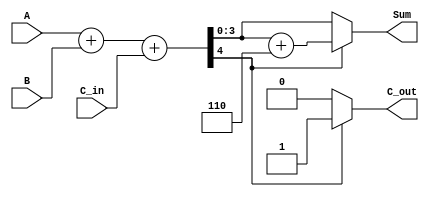
module BCD_Conditional_Adder (
    input [3:0] A,      // First BCD digit (0-9)
    input [3:0] B,      // Second BCD digit (0-9)
    input C_in,         // Carry input
    output reg [3:0] Sum, // Resulting BCD digit after addition
    output reg C_out     // Carry output
);

    wire [4:0] S;       // 5-bit binary sum to accommodate carry
    wire correction_needed;

    // Step 1: Perform binary addition
    assign S = A + B + C_in;

    // Step 2: Check if correction is needed
    assign correction_needed = S[4]; // S[4] indicates if S > 9

    // Step 3: BCD Correction
    always @(*) begin
        if (correction_needed) begin
            Sum = S[3:0] + 4'b0110; // Add 6 if correction is needed
            C_out = 1'b1;           // Set carry out
        end else begin
            Sum = S[3:0];           // No correction needed
            C_out = 1'b0;           // No carry out
        end
    end

endmodule